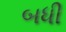
બધી